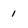
Character: 1